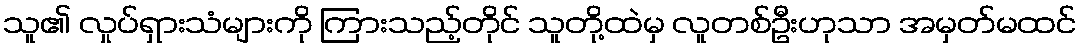
သူ၏ လှုပ်ရှားသံများကို ကြားသည့်တိုင် သူတို့ထဲမှ လူတစ်ဦးဟုသာ အမှတ်မထင်